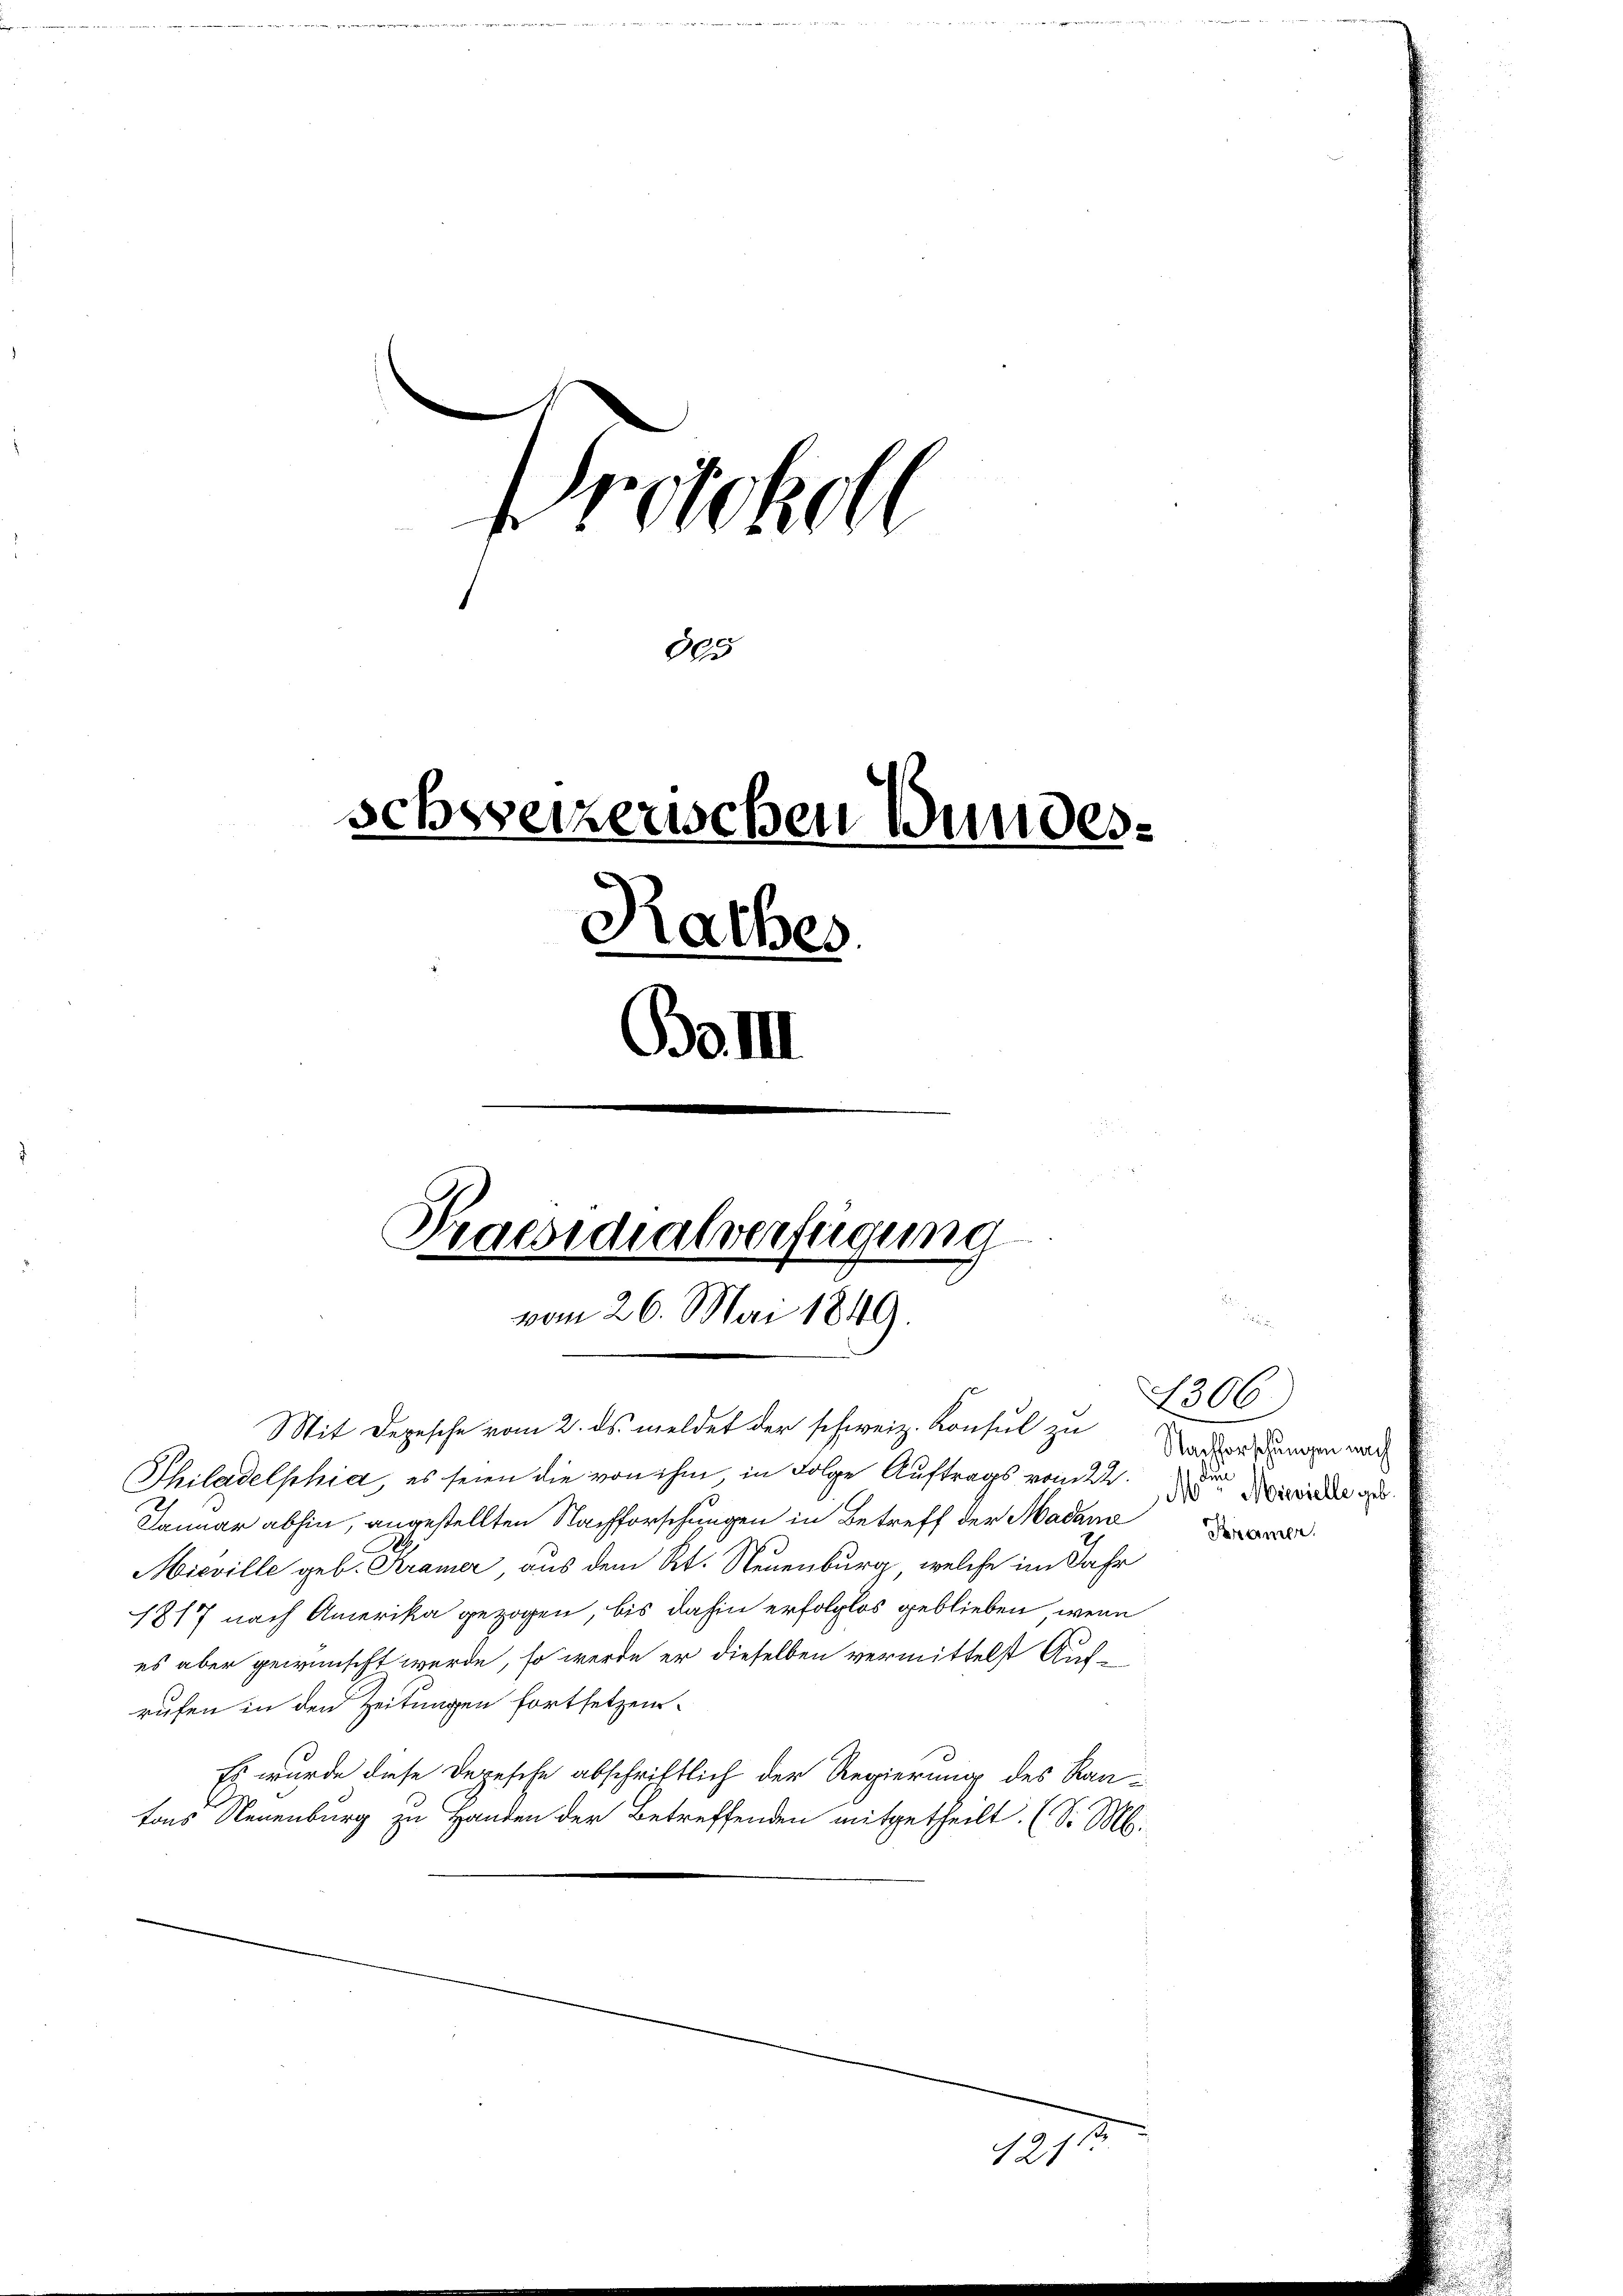
Protokoll
des
schweizerischen Bundes.
Rathes
Bd. III
Praesidialverfügung
vom 26. Mai 1849.

Mit Depesche vom 2. ds. meldet der schweiz. Konsul zu
Philadelphia, es seien die von ihm, in Folge Auftrags vom 24.
Januar abhin, angestellten Nachforschungen in Betreff der Madame
Miéville geb. Kramer aus dem Kt. Neuenburg, welche im Jahr
1817 nach Amerika gezogen, bis dahin erfolglos geblieben, wenn
es aber gewünscht werde, so werde er dieselben vermittelst Aufrufen in den Zeitungen fortsetzen.
Es wurde diese Depesche abschriftlich der Regierung des Raufons Neuenburg zu Handen der Betreffenden mitgetheilt. (S. M.

121

1306
Nachforschungen nach
Mdme Mievielle geb.
Kramer.